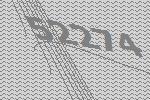
52274